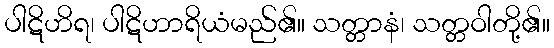
ပါဋိဟိရ၊ ပါဋိဟာရိယံမည်၏။ သတ္တာနံ၊ သတ္တဝါတို့၏။